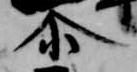
尓